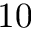
1 0